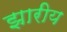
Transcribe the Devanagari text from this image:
झारीय